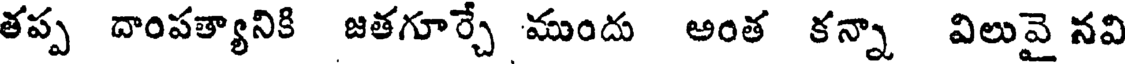
తప్ప దాంపత్యానికి జతగూర్చే ముందు అంత కన్నా విలువై నవి